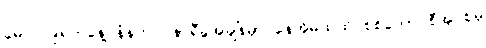
မေလ၁၉ရက်နေ့ နံနက် ၇နာရီခွဲအချိန်မှာ နေအိမ်ထဲထိ စစ်ကောင်စီအုပ်စုမှ